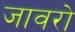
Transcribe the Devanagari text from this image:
जावरो